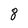
Character: 8